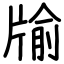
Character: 牏